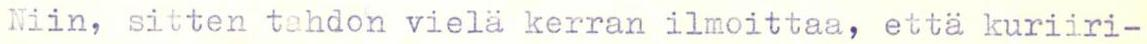
Niin, sitten tahdon vielä kerran ilmoittaa, että kuriiri-